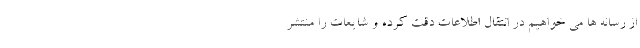
از رسانه ها می خواهیم در انتقال اطلاعات دقت کرده و شایعات را منتشر